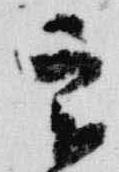
実